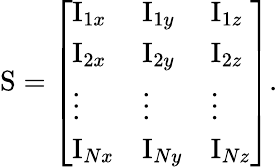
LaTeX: \mathrm{S}=\left[\begin{array}{lll}{\mathrm{I}_{1x}}&{\mathrm{I}_{1y}}&{\mathrm{I}_{1z}}\\ {\mathrm{I}_{2x}}&{\mathrm{I}_{2y}}&{\mathrm{I}_{2z}}\\ {\vdots}&{\vdots}&{\vdots}\\ {\mathrm{I}_{Nx}}&{\mathrm{I}_{Ny}}&{\mathrm{I}_{Nz}}\end{array}\right].